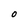
Character: O